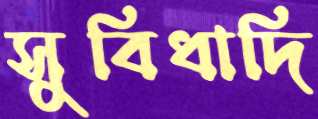
সুবিধাদি